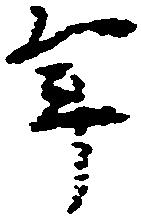
年